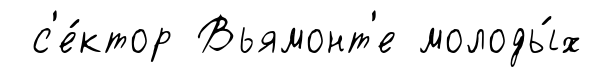
с'е́ктор Вьямонт'е молоды́х